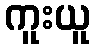
ကူးယူ